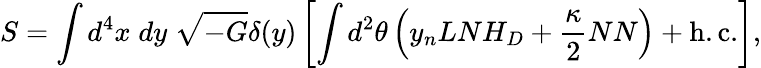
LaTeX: S=\int d^{4}x\; dy\; \sqrt{-G}\delta(y)\left[\int d^{2}\theta\left(y_{n}LNH_{D}+\frac{\kappa}{2}NN\right)+\mathrm{h.c.}\right],